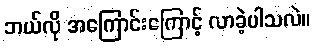
ဘယ်လို အကြောင်းကြောင့် လာခဲ့ပါသလဲ။